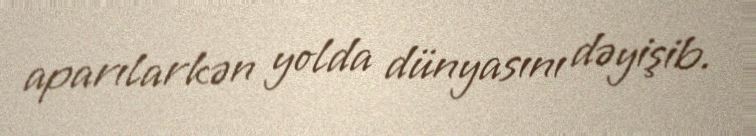
aparılarkən yolda dünyasını dəyişib.